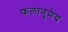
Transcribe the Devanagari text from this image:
फलानुमेय